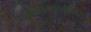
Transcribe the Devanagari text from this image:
संचयनंचतुर्थ्यामिति